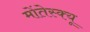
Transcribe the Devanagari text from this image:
मोंतेस्क्यू